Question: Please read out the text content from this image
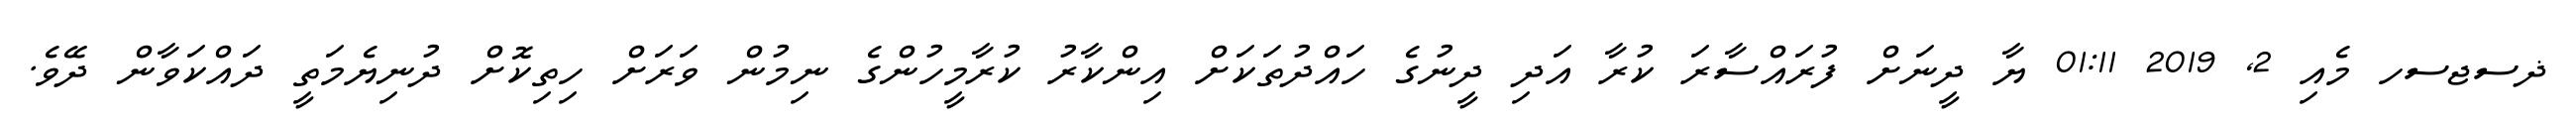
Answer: ޛސޖސހ މެއި 2, 2019 01:11 ޔާ ދީނަށް ފުރައްސާރަ ކުރާ އަދި ދީނުގެ ހައްދުތަކަށް އިންކާރު ކުރާމީހުންގެ ނިމުން ވަރަށް ހިތިކޮށް ދުނިޔެމަތީ ދައްކަވާން ދޭވެ.